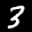
Label: 3